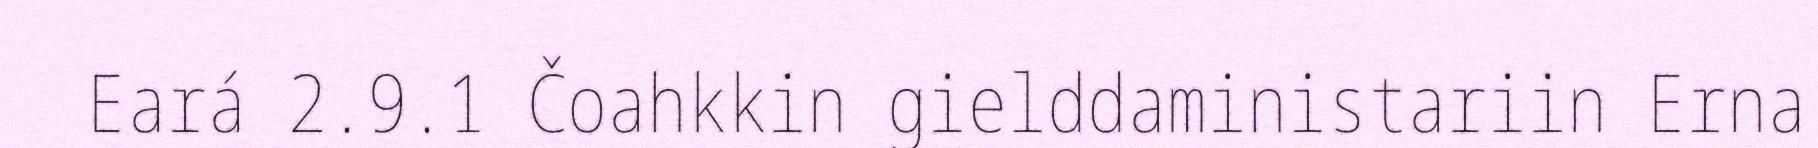
Eará 2.9.1 Čoahkkin gielddaministariin Erna